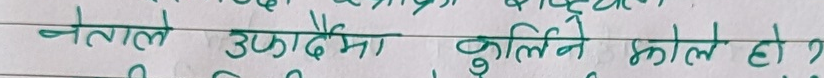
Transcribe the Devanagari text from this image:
नेताले उठाउदैमा कुलिने काल हो?